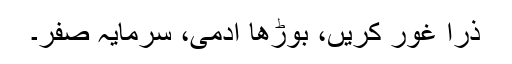
ذرا غور کریں، بوڑھا آدمی، سرمایہ صفر۔